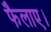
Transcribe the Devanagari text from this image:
फैलाए।